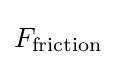
F_{\text{friction}}